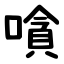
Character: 嗿